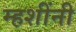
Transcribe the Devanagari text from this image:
म्हशींनी